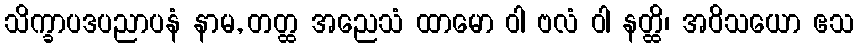
သိက္ခာပဒပညာပနံ နာမ, တတ္ထ အညေသံ ထာမော ဝါ ဗလံ ဝါ နတ္ထိ၊ အဝိသယော ဧသ